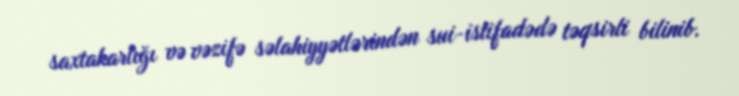
saxtakarlığı və vəzifə səlahiyyətlərindən sui-istifadədə təqsirli bilinib.